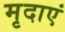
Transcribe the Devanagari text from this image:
मृदाएं